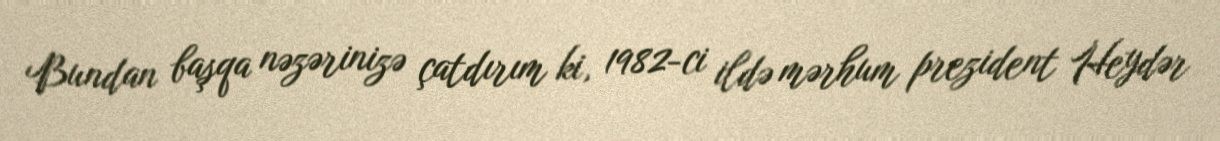
Bundan başqa nəzərinizə çatdırım ki, 1982-ci ildə mərhum prezident Heydər